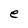
Character: e